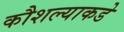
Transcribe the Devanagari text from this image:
कौशल्याकडे